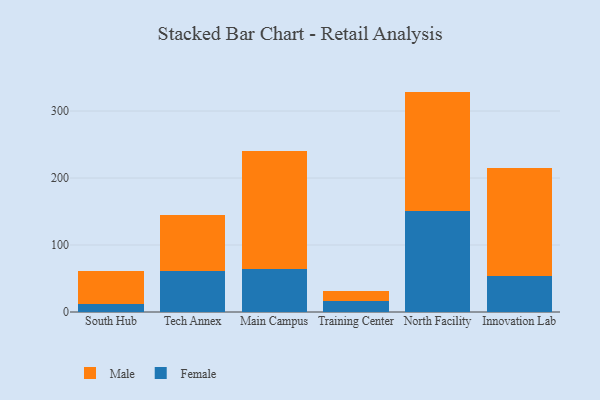
{"axis": {"x": "Campus", "y": "Churn Rate (%)"}, "legend": ["Female", "Male"], "data": [{"x": "South Hub", "y": 11.9, "type": "Female"}, {"x": "South Hub", "y": 49.1, "type": "Male"}, {"x": "Tech Annex", "y": 61.1, "type": "Female"}, {"x": "Tech Annex", "y": 83.8, "type": "Male"}, {"x": "Main Campus", "y": 64.6, "type": "Female"}, {"x": "Main Campus", "y": 176.0, "type": "Male"}, {"x": "Training Center", "y": 15.8, "type": "Female"}, {"x": "Training Center", "y": 15.8, "type": "Male"}, {"x": "North Facility", "y": 150.1, "type": "Female"}, {"x": "North Facility", "y": 178.9, "type": "Male"}, {"x": "Innovation Lab", "y": 54.3, "type": "Female"}, {"x": "Innovation Lab", "y": 160.3, "type": "Male"}]}